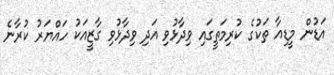
އަޑުން މީޑިއާ ތަކުގެ ކުރިމަތީގައި ވިދާޅުވި އަދި ވިދާޅުވި ގާޒީއަކު ހައްޔަރު ކުރާނެ